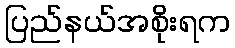
ပြည်နယ်အစိုးရက